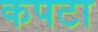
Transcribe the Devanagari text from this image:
कपटा